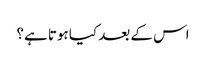
اس کے بعد کیا ہوتا ہے؟